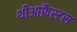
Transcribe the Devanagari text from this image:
थीआफ्रैस्टस